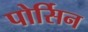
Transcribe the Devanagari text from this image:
पोर्सिन